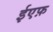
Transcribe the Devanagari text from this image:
ईएफ़